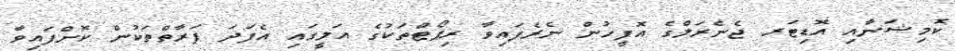
ކޮމިޝަނާއި އޮޑިޓަރ ޖެނެރަލްގެ އޮފީހުން ނެރެފައިވާ ރިޕޯޓްތަކުގެ އަލީގައި އެފަދަ ފަރާތްތަކުން ކޮށްފައިވާ